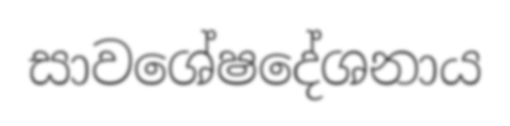
සාවශේෂදේශනාය